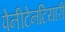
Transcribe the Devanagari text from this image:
पेनीटेनटियारी